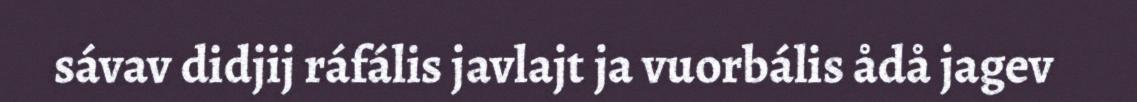
sávav didjij ráfális javlajt ja vuorbális ådå jagev